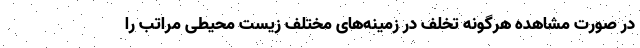
در صورت مشاهده هرگونه تخلف در زمینه‌های مختلف زیست محیطی مراتب را